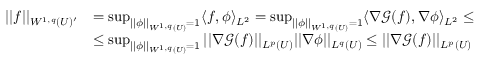
\begin{array} { r l } { | | f | | _ { W ^ { 1 , q } ( U ) ^ { \prime } } } & { = \operatorname* { s u p } _ { | | \phi | | _ { W ^ { 1 , q } ( U ) } = 1 } \langle f , \phi \rangle _ { L ^ { 2 } } = \operatorname* { s u p } _ { | | \phi | | _ { W ^ { 1 , q } ( U ) } = 1 } \langle \nabla \mathcal { G } ( f ) , \nabla \phi \rangle _ { L ^ { 2 } } \leq } \\ & { \leq \operatorname* { s u p } _ { | | \phi | | _ { W ^ { 1 , q } ( U ) } = 1 } | | \nabla \mathcal { G } ( f ) | | _ { L ^ { p } ( U ) } | | \nabla \phi | | _ { L ^ { q } ( U ) } \leq | | \nabla \mathcal { G } ( f ) | | _ { L ^ { p } ( U ) } } \end{array}